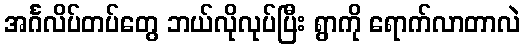
အင်္ဂလိပ်တပ်တွေ ဘယ်လိုလုပ်ပြီး ရွာကို ရောက်လာတာလဲ